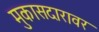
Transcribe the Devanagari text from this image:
मुकासदारावर